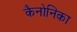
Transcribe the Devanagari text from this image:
कैनोनिका